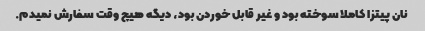
نان پیتزا کاملا سوخته بود و غیر قابل خوردن بود، دیگه هیچ وقت سفارش نمیدم.